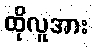
ထိုလူအား